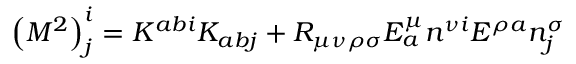
\left( M ^ { 2 } \right) _ { j } ^ { i } = K ^ { a b i } K _ { a b j } + R _ { \mu \nu \rho \sigma } E _ { a } ^ { \mu } n ^ { \nu i } E ^ { \rho a } n _ { j } ^ { \sigma }